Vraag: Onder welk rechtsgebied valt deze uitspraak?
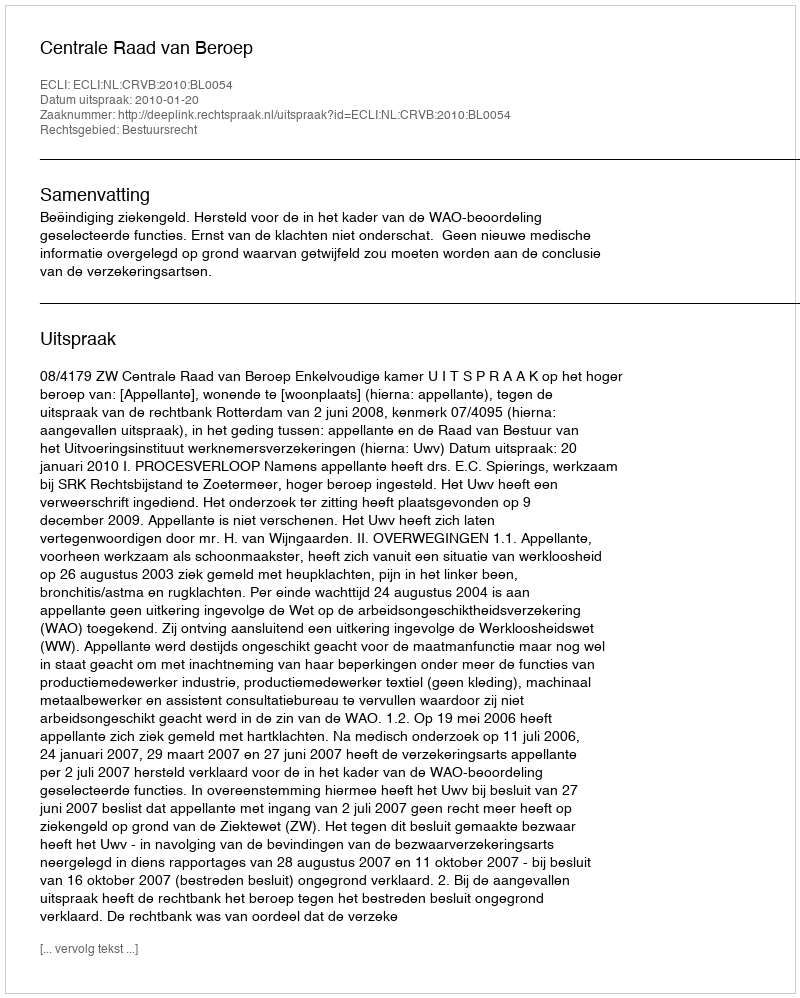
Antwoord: Bestuursrecht